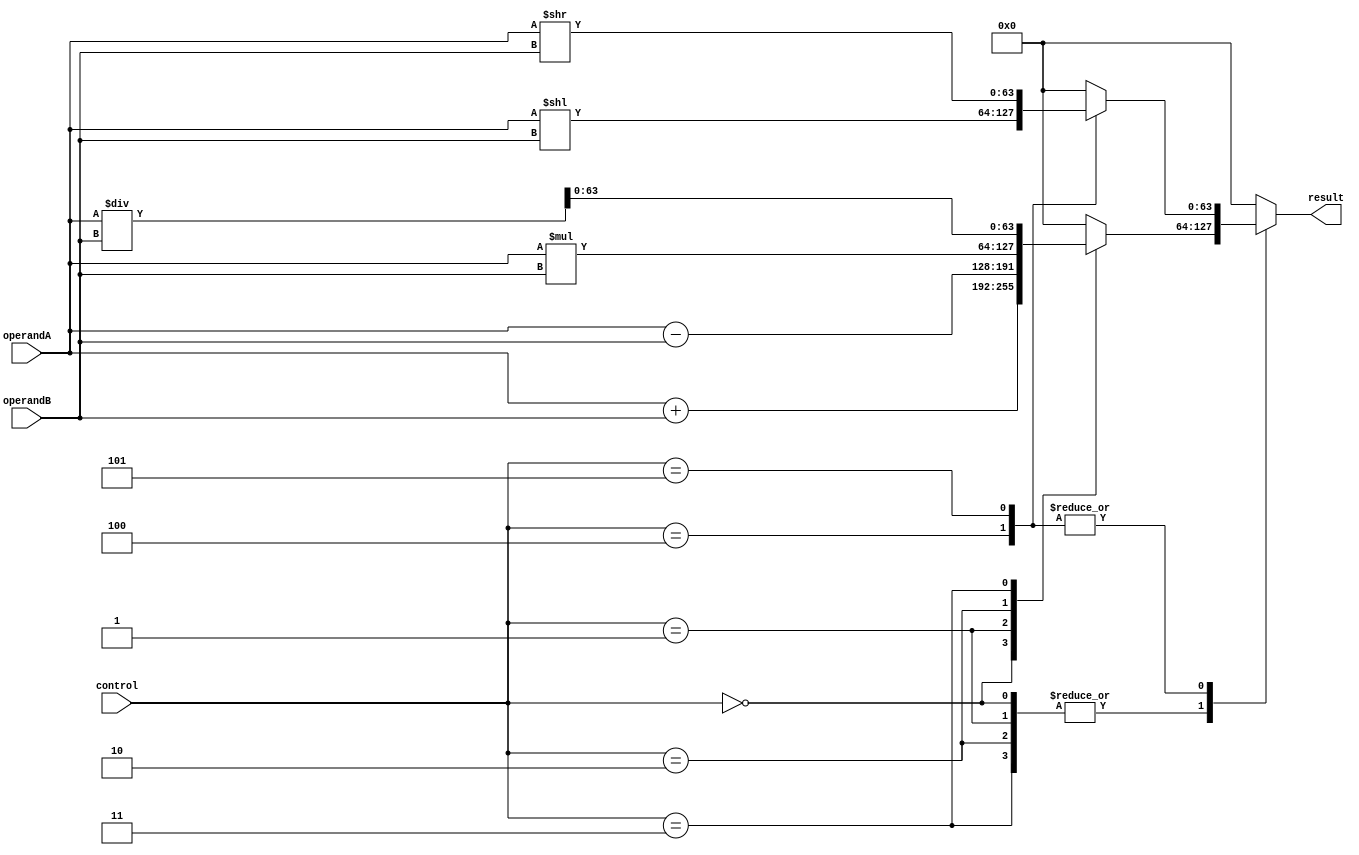
module ALU_64bit (
    input [63:0] operandA,
    input [63:0] operandB,
    input [3:0] control,
    output reg [63:0] result
);

// Arithmetic Operations
reg [127:0] temp_result;

always @ (control or operandA or operandB) begin
    case (control)
        4'b0000: temp_result = operandA + operandB; // Addition
        4'b0001: temp_result = operandA - operandB; // Subtraction
        4'b0010: temp_result = operandA * operandB; // Multiplication
        4'b0011: temp_result = operandA / operandB; // Division
        // Add more arithmetic operations as needed
        
        default: temp_result = 128'b0; // Default case
    endcase
end

// Error checking for overflow/underflow
always @ (temp_result) begin
    if (temp_result > 64'hFFFFFFFFFFFFFFFF || temp_result < -64'h8000000000000000) begin
        // Handle overflow/underflow condition
        $display("Overflow/Underflow detected");
    end
end

// Shifting Operations
reg [127:0] shifted_result;

always @ (control or operandA or operandB) begin
    case (control)
        4'b0100: shifted_result = operandA << operandB; // Left shift
        4'b0101: shifted_result = operandA >> operandB; // Right shift
        // Add more shifting operations as needed
        
        default: shifted_result = 128'b0; // Default case
    endcase
end

// Multiplexers to select the appropriate result based on control signal
always @ (control) begin
    case (control)
        4'b0000, 4'b0001, 4'b0010, 4'b0011: result = temp_result[63:0]; // Arithmetic operations result
        4'b0100, 4'b0101: result = shifted_result[63:0]; // Shifting operations result
        // Add more cases as needed
        
        default: result = 64'h0000000000000000; // Default case
    endcase
end

endmodule